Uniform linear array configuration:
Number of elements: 12
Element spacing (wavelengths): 1
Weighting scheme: hann
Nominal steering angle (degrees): -45
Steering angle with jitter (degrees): -46.783
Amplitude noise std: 0.05
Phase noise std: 0.05

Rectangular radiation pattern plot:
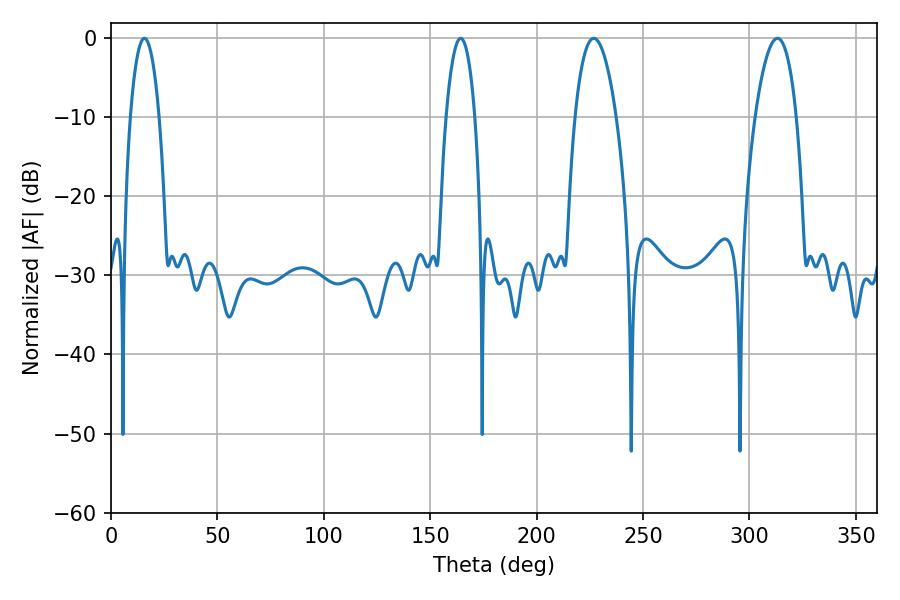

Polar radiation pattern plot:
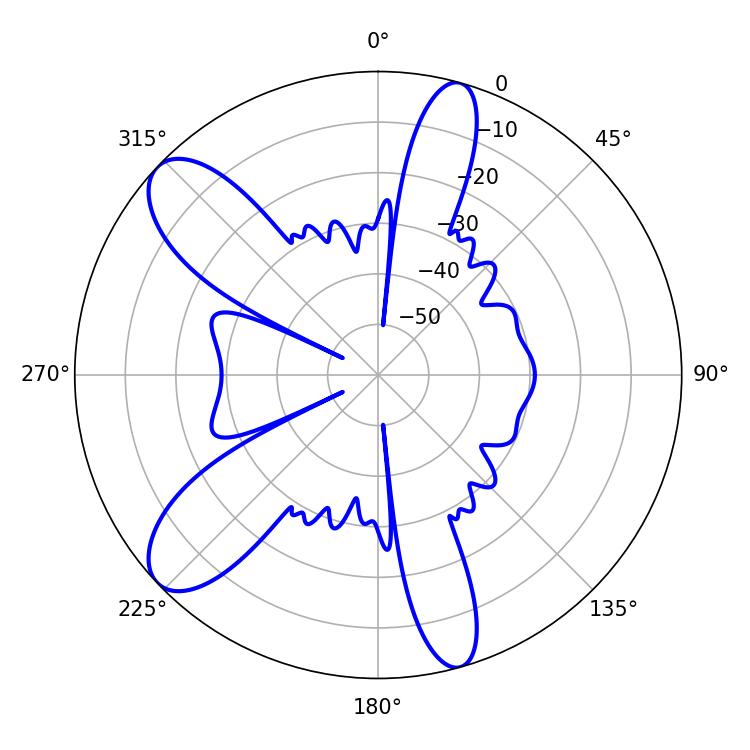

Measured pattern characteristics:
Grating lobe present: TRUE
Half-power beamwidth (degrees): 10.8
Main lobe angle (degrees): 226.8